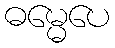
ဓမ္မေပေ